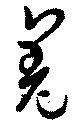
羗